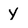
Character: y